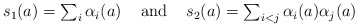
\begin{align*}\begin{array}{lcr}s_1(a) = \sum_i \alpha_i(a)& \textrm{ and } &s_2(a) = \sum_{i<j} \alpha_i(a) \alpha_j(a)\end{array}\end{align*}